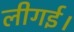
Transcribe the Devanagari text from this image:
लीगई।